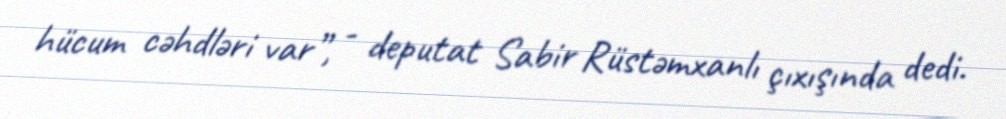
hücum cəhdləri var”, - deputat Sabir Rüstəmxanlı çıxışında dedi.